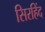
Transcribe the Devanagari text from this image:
सिरहिंद